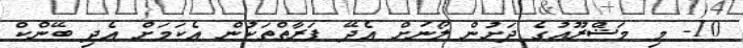
10- މި މަޝްރޫޢުގެ ދަށުން ލޯނަށް އެދޭ ފަރާތްތަކުން އެކަމަށް އެދި ބޭންކް